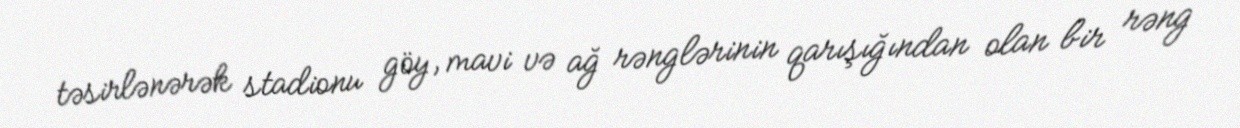
təsirlənərək stadionu göy, mavi və ağ rənglərinin qarışığından olan bir rəng